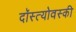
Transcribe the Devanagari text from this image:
दॉस्त्योवस्की